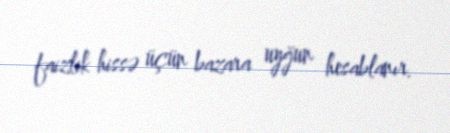
faizlik hissə üçün bazara uyğun hesablanır.